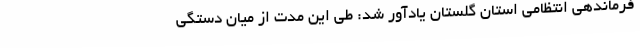
فرماندهی انتظامی استان گلستان یادآور شد: طی این مدت از میان دستگی